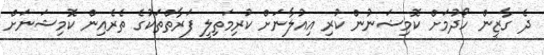
ދެ ގާޒީން ހޯދުމަށް ކޮމިޝަނުން ކުރި އިއުލާނަށް ކުރިމަތިލީ ފަރާތްތަކުގެ ތެރެއިން ކޮމިޝަނަށް